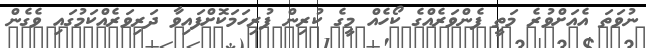
ނުވަތަ އެއަށްވުރެ މަތީ ފެންވަރެއްގެ ކޯހެއް މީގެ ކުރިން ފުރިހަމަކޮށްފައިވާ ދަރިވަރެއްކަމުގައި ވެގެން